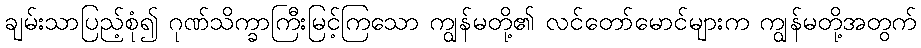
ချမ်းသာပြည့်စုံ၍ ဂုဏ်သိက္ခာကြီးမြင့်ကြသော ကျွန်မတို့၏ လင်တော်မောင်များက ကျွန်မတို့အတွက်